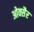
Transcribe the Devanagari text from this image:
ओक्सैर